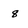
Character: q